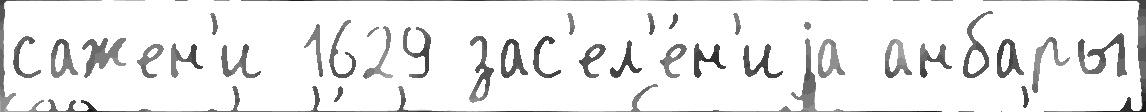
сажен'и 1629 зас'ел'е́н'иjа анбары